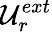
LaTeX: {\mathcal{U}}_{r}^{ext}